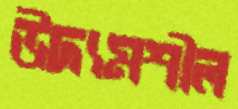
উদ্যমশীল